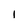
Character: l